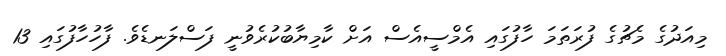
މިއަދުގެ މެޗުގެ ފުރަތަމަ ހާފުގައި އެމްސީއެސް އަށް ކާމިޔާބުކުރެވުނީ ފަސްލަނޑެވެ. ފާހުހާފުގައި 13